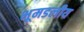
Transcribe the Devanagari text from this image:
भूमडलीय